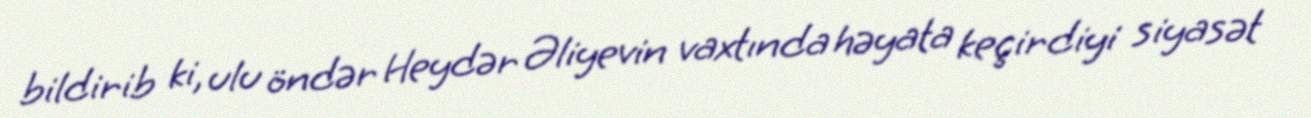
bildirib ki, ulu öndər Heydər Əliyevin vaxtında həyata keçirdiyi siyasət